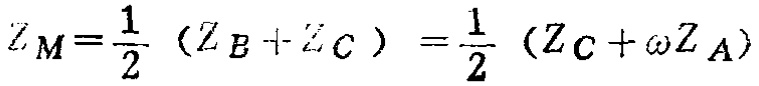
\(Z_{M}=\frac{1}{2}(Z_{B}+Z_{C})=\frac{1}{2}(Z_{C}+\omega Z_{A})\)